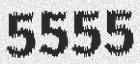
5555